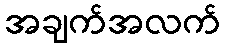
အချက်အလက်